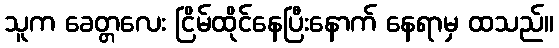
သူက ခေတ္တလေး ငြိမ်ထိုင်နေပြီးနောက် နေရာမှ ထသည်။